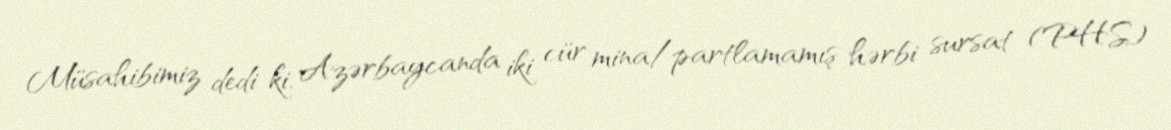
Müsahibimiz dedi ki, Azərbaycanda iki cür mina/partlamamış hərbi sursat (PHS)